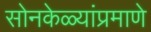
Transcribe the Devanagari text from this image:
सोनकेळ्यांप्रमाणे